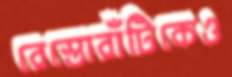
রেস্তোরাঁটিকেও